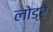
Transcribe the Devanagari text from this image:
लोड्रे